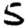
Digit: 5